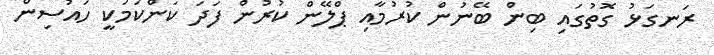
ރަނގަޅު ގޮތުގައި ބިން ބޭނުން ކުރުމާއި ޕްލޭން ކުރުން ފަދަ ކަންކަމަކީ ހައުސިން